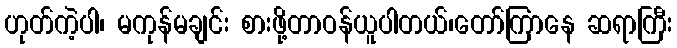
ဟုတ်ကဲ့ပါ၊ မကုန်မချင်း စားဖို့တာဝန်ယူပါတယ်၊တော်ကြာနေ ဆရာကြီး